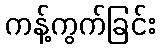
ကန့်ကွက်ခြင်း